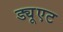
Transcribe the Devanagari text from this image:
ड्यूएट